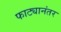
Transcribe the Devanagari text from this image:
फाट्यानंतर